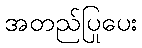
အတည်ပြုပေး